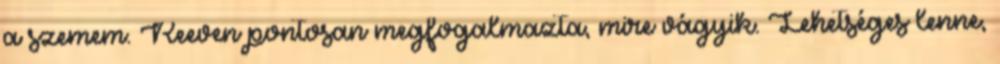
a szemem. Reeven pontosan megfogalmazta, mire vágyik. Lehetséges lenne,